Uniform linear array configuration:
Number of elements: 12
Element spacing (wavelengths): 1
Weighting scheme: cosine
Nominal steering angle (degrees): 30
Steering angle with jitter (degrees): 29.545
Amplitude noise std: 0.05
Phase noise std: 0.05

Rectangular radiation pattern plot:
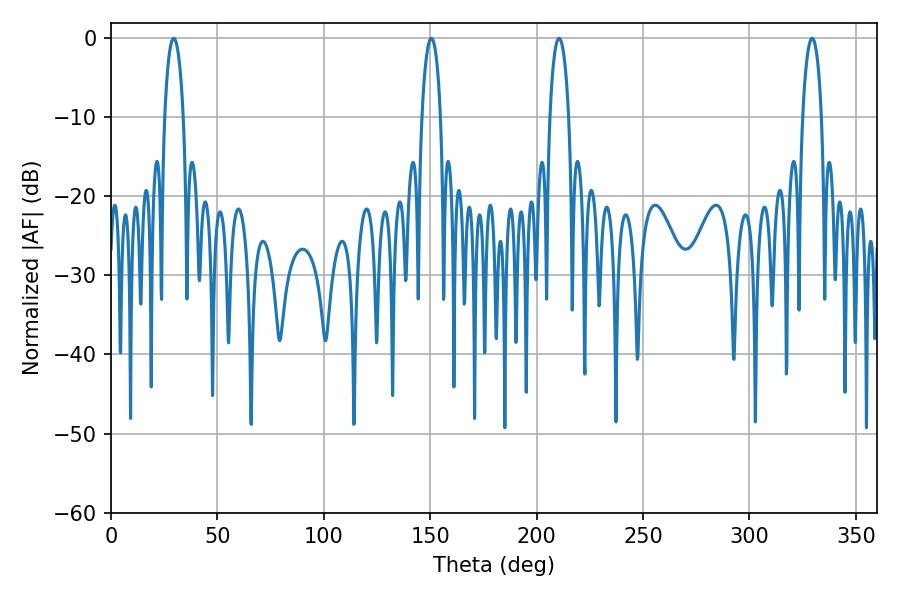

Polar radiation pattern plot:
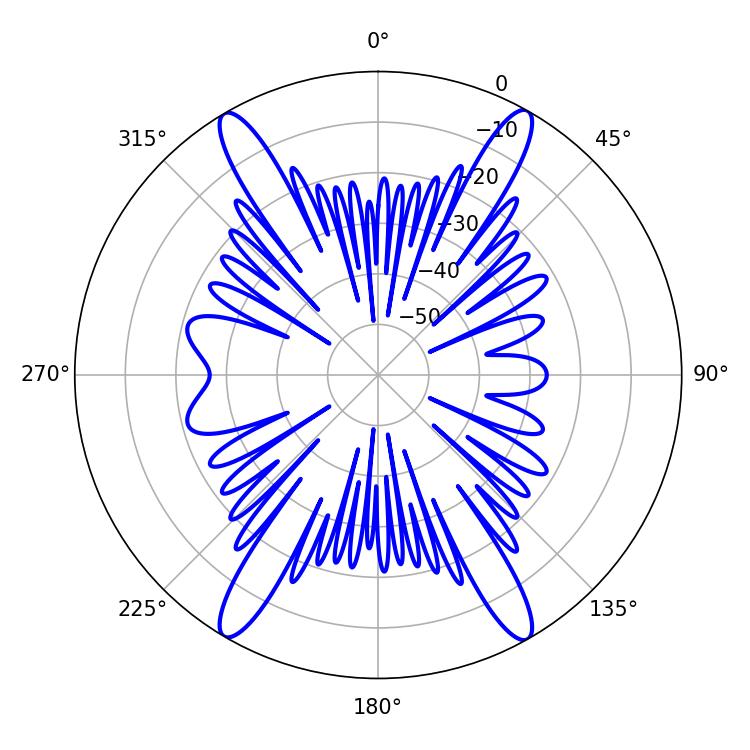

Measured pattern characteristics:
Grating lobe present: TRUE
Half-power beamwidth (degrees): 5.04
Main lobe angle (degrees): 29.52